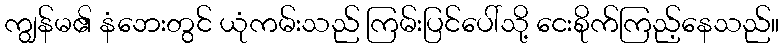
ကျွန်မ၏ နံဘေးတွင် ယုံကမ်းသည် ကြမ်းပြင်ပေါ်သို့ ငေးစိုက်ကြည့်နေသည်။